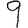
Digit: 9